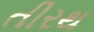
તીરથ